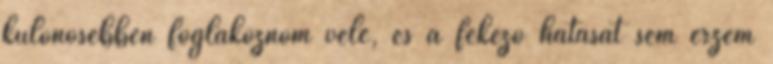
különösebben foglakoznom vele, és a fékezõ hatását sem érzem